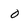
Character: 0